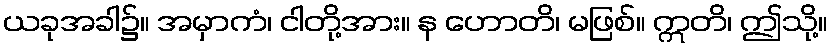
ယခုအခါ၌။ အမှာကံ၊ ငါတို့အား။ န ဟောတိ၊ မဖြစ်။ ဣတိ၊ ဤသို့။